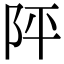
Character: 𨸶